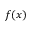
f ( x )